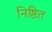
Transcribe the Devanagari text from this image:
निष्ठित